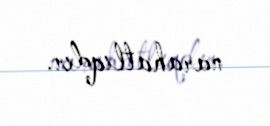
narahatlıqdır.